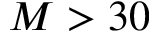
M > 3 0